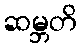
ဆမ္ဘတိ